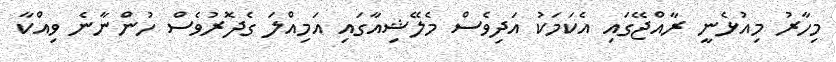
މިހާރު މިއުޅެނީ ރާއްޖޭގައި އެކަމަކު އަދިވެސް މެލޭޝިއާގައި އަމިއްލަ ގެދޮރުވެސް ހުންނާނެ ވިއްކާ